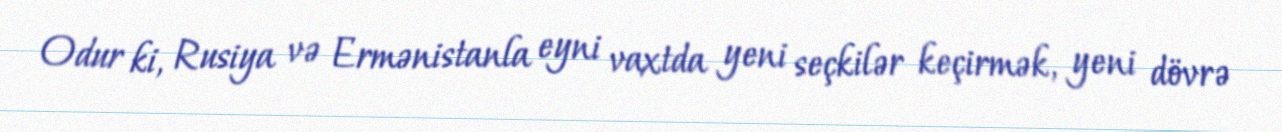
Odur ki, Rusiya və Ermənistanla eyni vaxtda yeni seçkilər keçirmək, yeni dövrə